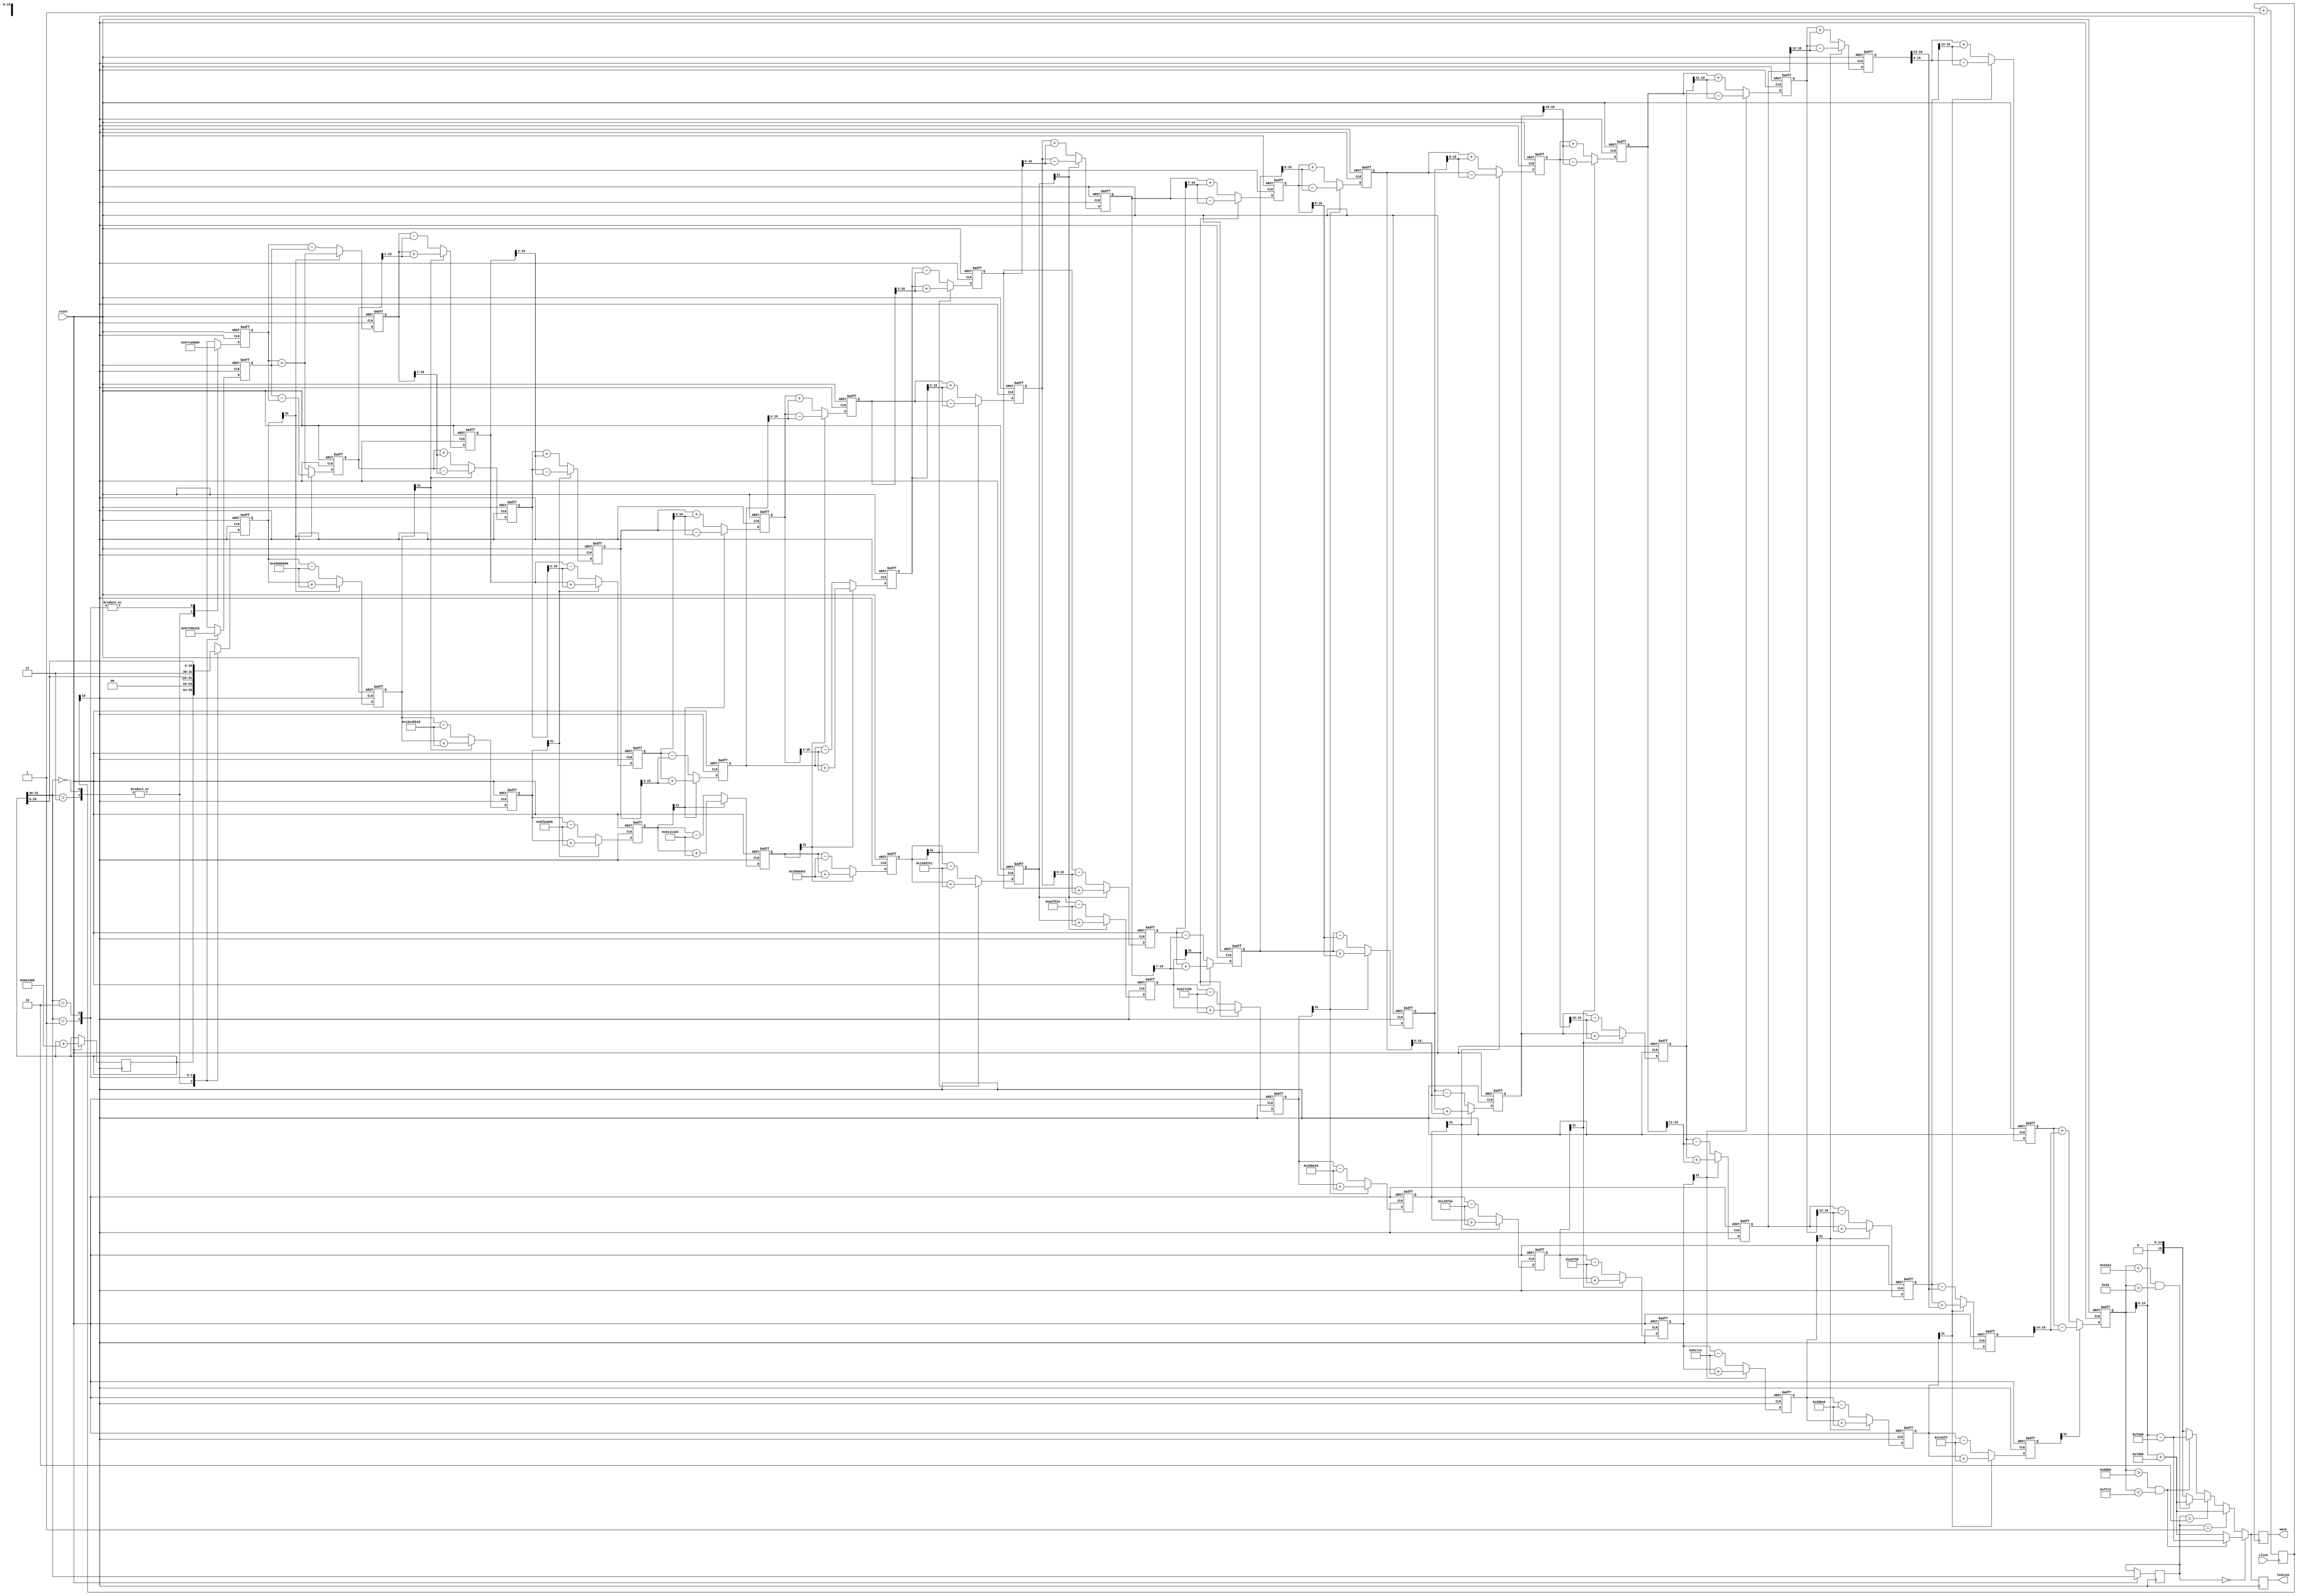
`timescale 1ns / 1ps

module CORDIC (reset, clock, ledsine, wave);

parameter bits = 16;
parameter temp = 'b0111110100000000;
input reset, clock;
reg signed [bits-1:0] sine;  //temporary output
output reg [bits-1:0] wave, ledsine;   //pmod output, leds output
parameter ordinate='b0000000000000000;  //
parameter abscissa='b0100101111100101;  //32000/1.647
reg signed [31:0] theta;   //angle
reg [10:0] A;   //register to decrease frequency
initial
begin
    A = 0;
    theta = 'b00000000000000000000000000000000;
end
always @ (posedge clock)
begin
    A = A + 1;
end
reg signed [bits:0]x[0:bits-1];    //vectors
reg signed [bits:0]y[0:bits-1];
reg signed [31:0]z[0:bits-1];
reg [1:0] quadrant;

// Look-up table of tan inverse
wire signed [31:0] taninv[0:30];
assign taninv[00] = 'b00100000000000000000000000000000, // tan inverse(2^0)
    taninv[01] = 'b00010010111001000000010100011101, // tan inverse(2^-1)
    taninv[02] = 'b00001001111110110011100001011011, // tan inverse(2^-2)
    taninv[03] = 'b00000101000100010001000111010100,
    taninv[04] = 'b00000010100010110000110101000011,
    taninv[05] = 'b00000001010001011101011111100001,
    taninv[06] = 'b00000000101000101111011000011110,
    taninv[07] = 'b00000000010100010111110001010101,
    taninv[08] = 'b00000000001010001011111001010011,
    taninv[09] = 'b00000000000101000101111100101110,
    taninv[10] = 'b00000000000010100010111110011000,
    taninv[11] = 'b00000000000001010001011111001100,
    taninv[12] = 'b00000000000000101000101111100110,
    taninv[13] = 'b00000000000000010100010111110011,
    taninv[14] = 'b00000000000000001010001011111001,
    taninv[15] = 'b00000000000000000101000101111100,
    taninv[16] = 'b00000000000000000010100010111110,
    taninv[17] = 'b00000000000000000001010001011111,
    taninv[18] = 'b00000000000000000000101000101111,
    taninv[19] = 'b00000000000000000000010100010111,
    taninv[20] = 'b00000000000000000000001010001011,
    taninv[21] = 'b00000000000000000000000101000101,
    taninv[22] = 'b00000000000000000000000010100010,
    taninv[23] = 'b00000000000000000000000001010001,
    taninv[24] = 'b00000000000000000000000000101000,
    taninv[25] = 'b00000000000000000000000000010100,
    taninv[26] = 'b00000000000000000000000000001010,
    taninv[27] = 'b00000000000000000000000000000101,
    taninv[28] = 'b00000000000000000000000000000010,
    taninv[29] = 'b00000000000000000000000000000001,
    taninv[30] = 'b00000000000000000000000000000000;

// bring all the angles between -90 and +90 deg as cordic algorithm is valid only in that range
always @ (posedge A[10], negedge reset)
begin
    if (!reset)
    begin
        x[0]<=0;
        y[0]<=0;
        z[0]<=0;
    end
    else
    begin
        quadrant = theta[31:30];
        case(quadrant)
            2'b00,  //first quadrant
            2'b11: // fourth quadrant; no changes needed for these quadrants
            begin
                x[0] <= abscissa;
                y[0] <= ordinate;
                z[0] <= theta;
            end
            2'b01:  //second quadrant
            begin
                x[0] <= -ordinate;
                y[0] <= abscissa;
                z[0] <= {2'b00,theta[29:0]}; // subtract pi/2 for angle in this quadrant
            end
            2'b10:   //third quadrant
            begin
                x[0] <= ordinate;
                y[0] <= -abscissa;
                z[0] <= {2'b11,theta[29:0]}; // add pi/2 to angles in this quadrant
            end
        endcase
        theta = theta + 'b00000000101101100001000000000000; //increment angle
    end
end

// generate the stages for 16 iterations, actual sine value computation
genvar i;
generate
for (i=0; i<(bits-1); i=i+1)
begin: hasa_diga_eebowai
    wire zsign;
    wire signed [bits:0] x1, y1;
    assign x1 = x[i] >>> i;
    assign y1 = y[i] >>> i;
    assign zsign = z[i][31]; //sign of current angle rotation
    always @ (posedge A[10], negedge reset)
    begin
        if (!reset)
        begin
            x[i+1]<=0;
            y[i+1]<=0;
            z[i+1]<=0;
        end
        else
        begin
            // add/subtract shifted data(main formulae)
            x[i+1] <= zsign ? x[i] + y1 : x[i] - y1;
            y[i+1] <= zsign ? y[i] - x1 : y[i] + x1;
            z[i+1] <= zsign ? z[i] + taninv[i] : z[i] - taninv[i];
        end
    end
end
endgenerate

//Final outputs and taking care of the glitches
always @ (posedge A[10])
begin
    if (quadrant == 2'b00)
    begin
        sine = y[bits-1];
        if ((sine>16'hdd50) && (sine<16'hffc5))
        begin
            wave = sine[14:0] - 64000 ;
            ledsine = sine[14:0] - 64000 ;
        end
        else
        begin
            wave = sine[14:0] + 32000 ;
            ledsine = sine[14:0] + 32000 ;
        end
    end
    else if (quadrant == 2'b01)
    begin
        sine = y[bits-1];    
        if ((sine<16'h22a3) && (sine>16'h0032))
        begin
            wave = sine[14:0] + 32000 ;
            ledsine = sine[14:0] + 32000 ;
        end
        else
        begin
            wave = sine[14:0] + 32000;
            ledsine = sine[14:0] + 32000;  
        end
    end 
    else if (quadrant == 2'b10)
    begin
        sine = y[bits-1];
        if ((sine<16'h22a3) && (sine>16'h0032))
        begin
            wave = sine[14:0] + 32000 ;
            ledsine = sine[14:0] + 32000 ;
        end
        else
        begin
            wave = sine[14:0];
            ledsine = sine[14:0];    
        end
    end
    else
    begin
        sine = y[bits-1];
        if ((sine>16'hdd50) && (sine<16'hffc5))
        begin
            wave = sine[14:0] - 64000 ;
            ledsine = sine[14:0] - 64000 ;
        end
        else
        begin
            wave = sine[14:0];
            ledsine = sine[14:0];       
        end
    end
end

endmodule